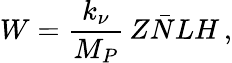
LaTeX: W=\frac{k_{\nu}}{M_{P}}\, Z\bar{N}LH\, ,